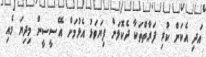
އަދި އެކަން ކުރި ފަރާތްތަކާ ދެކޮޅަށް ފިޔަވަޅު އެޅުމަށް އޭސީސީން މިދިޔަ މެއި